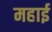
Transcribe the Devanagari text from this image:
महाई